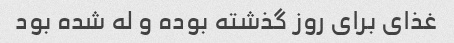
غذای برای روز گذشته بوده و له شده بود